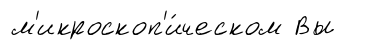
м'икроскоп'и́ческом Вы